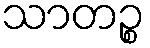
သာတဉ္စ